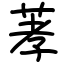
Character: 䓔